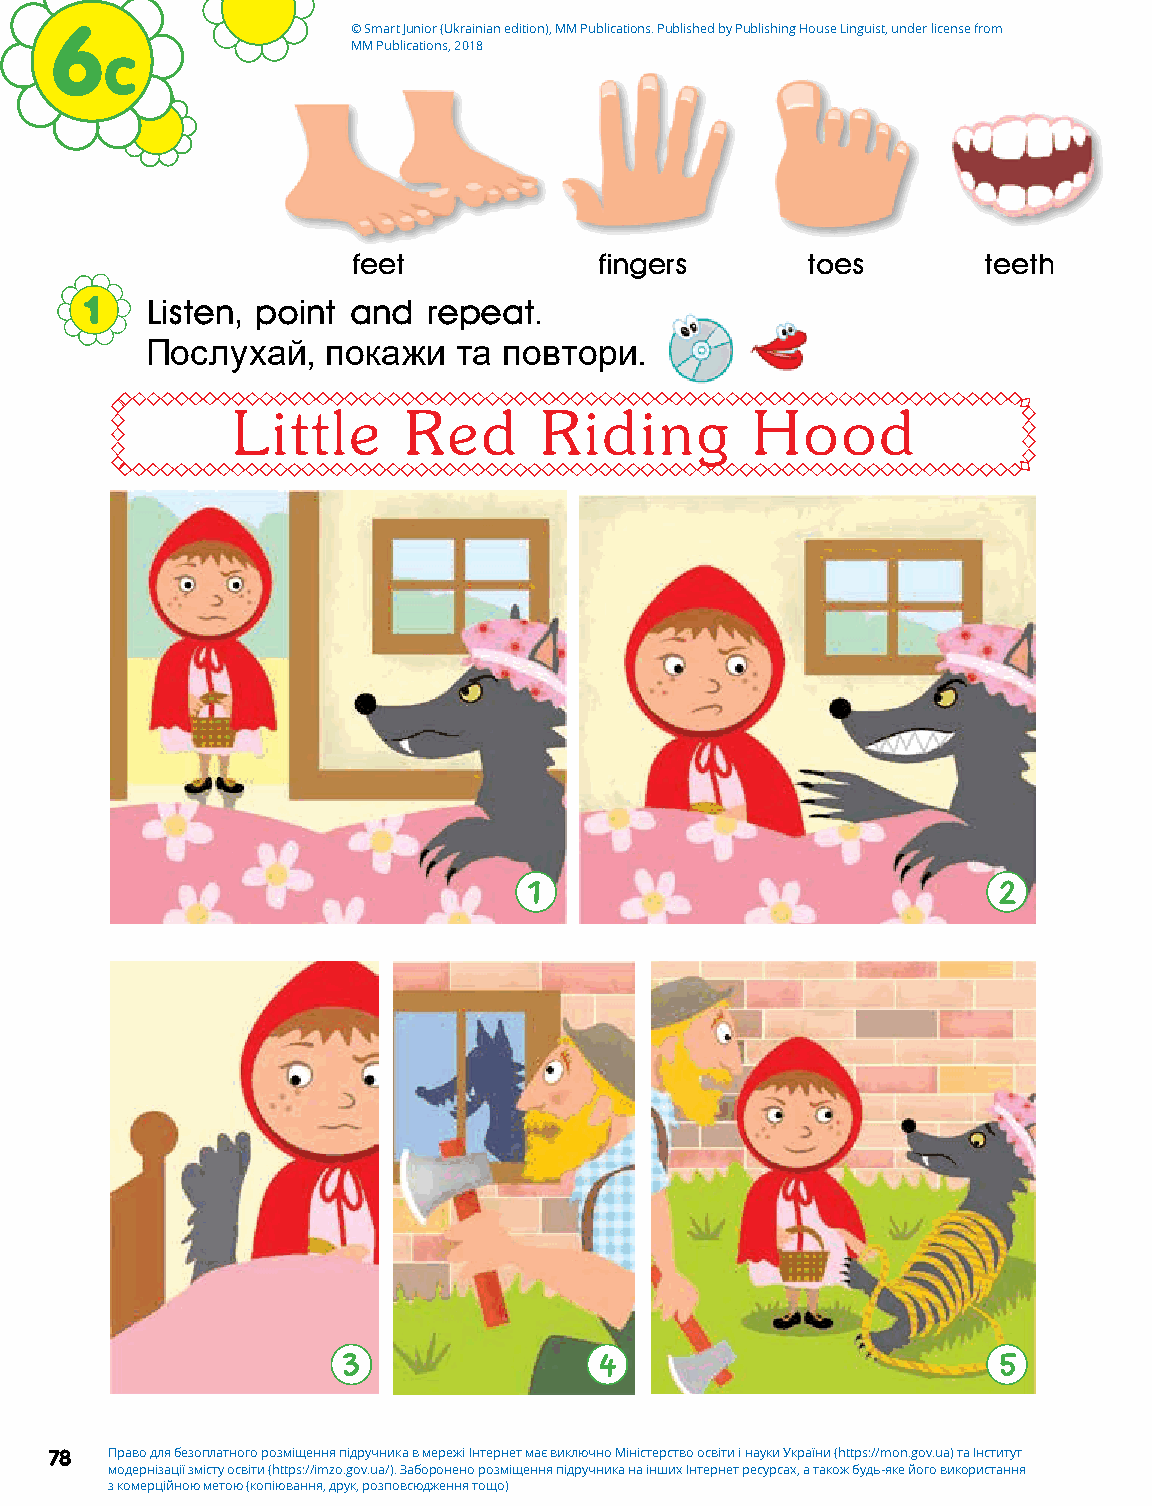
6                   © Smart Junior (Ukrainian edition), MM Publications. Published by Publishing House Linguist, under license from
 c               MM Publications, 2018
 feet            fingers       toes        teeth
 1   Listen, point and repeat.
 Послухай,   покажи  та повтори.
 Little      Red      Riding        Hood
 1                              2
 3                4                         5
 78  Право для безоплатного розміщення підручника в мережі Інтернет має виключно Міністерство освіти і науки України (https://mon.gov.ua) та Інститут
 модернізації змісту освіти (https://imzo.gov.ua/). Заборонено розміщення підручника на інших Інтернет ресурсах, а також будь-яке його використання
 з комерційною метою (копіювання, друк, розповсюдження тощо)